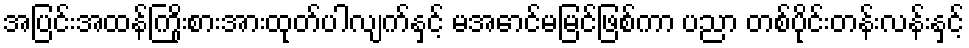
အပြင်းအထန်ကြိုးစားအားထုတ်ပါလျက်နှင့် မအောင်မမြင်ဖြစ်ကာ ပညာ တစ်ပိုင်းတန်းလန်းနှင့်